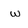
Character: w